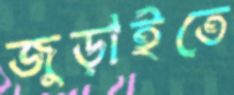
জুড়াইতে